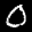
Label: 0